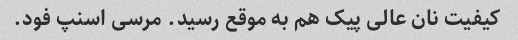
کیفیت نان عالی پیک هم به موقع رسید. مرسی اسنپ فود.